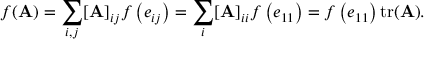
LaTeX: f ( \mathbf { A } ) = \sum _ { i , j } [ \mathbf { A } ] _ { i j } f \left( e _ { i j } \right) = \sum _ { i } [ \mathbf { A } ] _ { i i } f \left( e _ { 1 1 } \right) = f \left( e _ { 1 1 } \right) \operatorname { t r } ( \mathbf { A } ) .